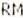
RM